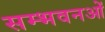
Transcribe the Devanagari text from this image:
सम्भवनओं